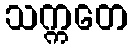
သက္ကတေ